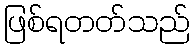
ဖြစ်ရတတ်သည်